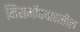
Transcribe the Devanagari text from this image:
निसर्गोपचारातील